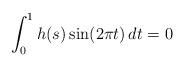
\begin{align*}\int_{0}^{1} h(s)\sin(2\pi t)\,dt = 0\end{align*}